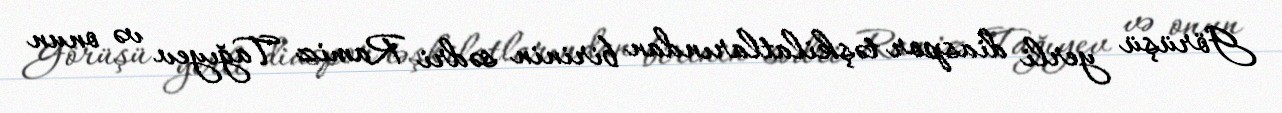
Görüşü yerli diaspor təşkilatlarından birinin sədri Ramiz Tağıyev və onun